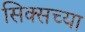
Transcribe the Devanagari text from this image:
सिक्सच्या